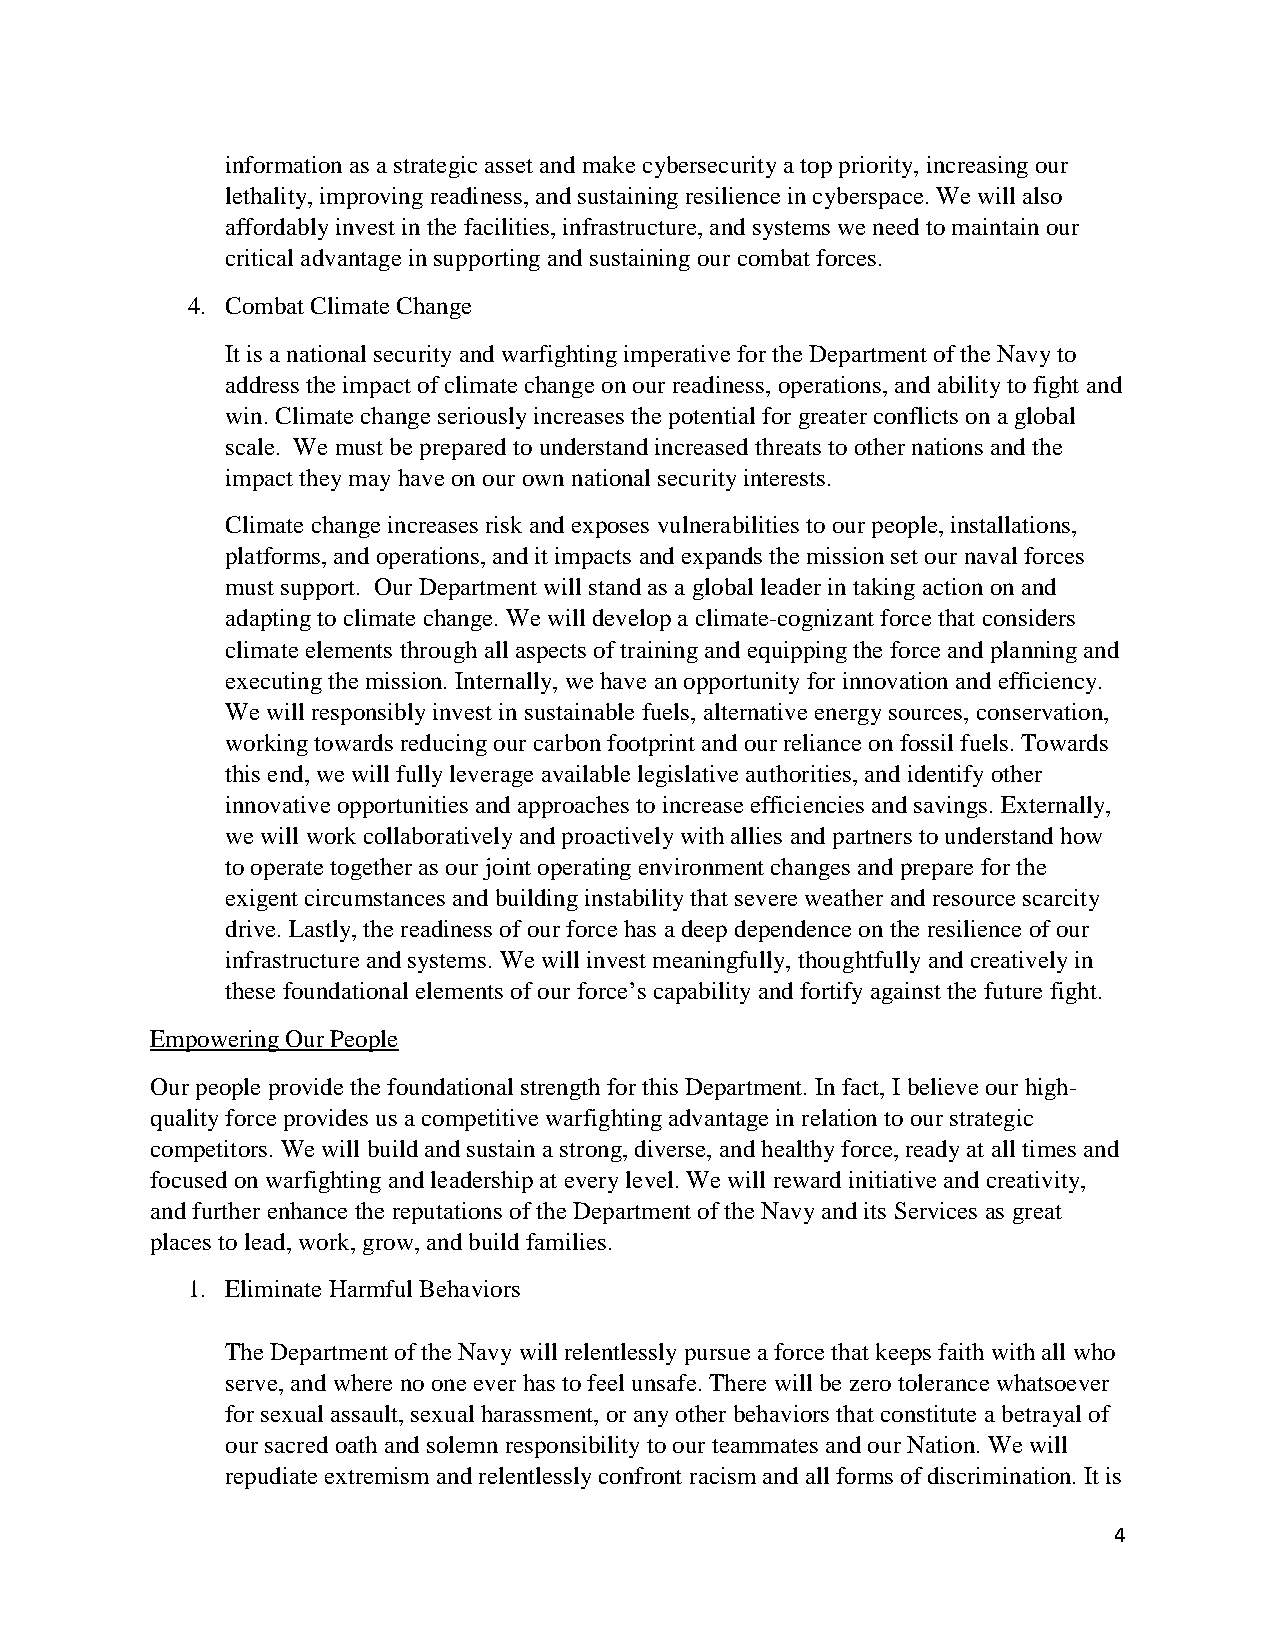
information as a strategic asset and make cybersecurity a top priority, increasing our
 lethality, improving readiness, and sustaining resilience in cyberspace. We will also
 affordably invest in the facilities, infrastructure, and systems we need to maintain our
 critical advantage in supporting and sustaining our combat forces.
 4. Combat Climate Change
 It is a national security and warfighting imperative for the Department of the Navy to
 address the impact of climate change on our readiness, operations, and ability to fight and
 win. Climate change seriously increases the potential for greater conflicts on a global
 scale. We must be prepared to understand increased threats to other nations and the
 impact they may have on our own national security interests.
 Climate change increases risk and exposes vulnerabilities to our people, installations,
 platforms, and operations, and it impacts and expands the mission set our naval forces
 must support. Our Department will stand as a global leader in taking action on and
 adapting to climate change. We will develop a climate-cognizant force that considers
 climate elements through all aspects of training and equipping the force and planning and
 executing the mission. Internally, we have an opportunity for innovation and efficiency.
 We will responsibly invest in sustainable fuels, alternative energy sources, conservation,
 working towards reducing our carbon footprint and our reliance on fossil fuels. Towards
 this end, we will fully leverage available legislative authorities, and identify other
 innovative opportunities and approaches to increase efficiencies and savings. Externally,
 we will work collaboratively and proactively with allies and partners to understand how
 to operate together as our joint operating environment changes and prepare for the
 exigent circumstances and building instability that severe weather and resource scarcity
 drive. Lastly, the readiness of our force has a deep dependence on the resilience of our
 infrastructure and systems. We will invest meaningfully, thoughtfully and creatively in
 these foundational elements of our force’s capability and fortify against the future fight.
 Empowering Our People
 Our people provide the foundational strength for this Department. In fact, I believe our high-
 quality force provides us a competitive warfighting advantage in relation to our strategic
 competitors. We will build and sustain a strong, diverse, and healthy force, ready at all times and
 focused on warfighting and leadership at every level. We will reward initiative and creativity,
 and further enhance the reputations of the Department of the Navy and its Services as great
 places to lead, work, grow, and build families.
 1. Eliminate Harmful Behaviors
 The Department of the Navy will relentlessly pursue a force that keeps faith with all who
 serve, and where no one ever has to feel unsafe. There will be zero tolerance whatsoever
 for sexual assault, sexual harassment, or any other behaviors that constitute a betrayal of
 our sacred oath and solemn responsibility to our teammates and our Nation. We will
 repudiate extremism and relentlessly confront racism and all forms of discrimination. It is
 4